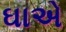
ઘાએ